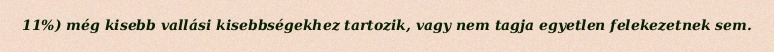
11%) még kisebb vallási kisebbségekhez tartozik, vagy nem tagja egyetlen felekezetnek sem.